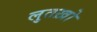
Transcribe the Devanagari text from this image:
लुतख़ो